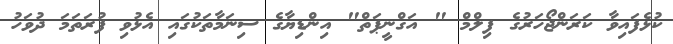
ކުޅެފައިވާ ކަރަންޖޯހަރުގެ ފިލްމް " އަގްނީޕަތް" އިންޑިޔާގެ ސިނަމާތަކުގައި އެޅުވި ފުރަތަމަ ދުވަހު